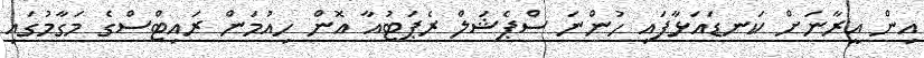
އިން އީރާނަށް ކަނޑައަޅާފައި ހުންނަ ސްޕެޝަލް ރެޕަޓުއާ އޮން ހިއުމަން ރައިޓްސްގެ މަގާމުގައި